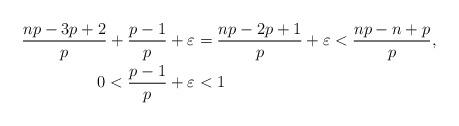
LaTeX: \begin{align*}\frac{np-3p+2}{p}+\frac{p-1}{p}+\varepsilon&=\frac{np-2p+1}{p}+\varepsilon<\frac{np-n+p}{p},\allowdisplaybreaks\\0<\frac{p-1}{p}+\varepsilon&<1\end{align*}